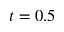
t = 0 . 5